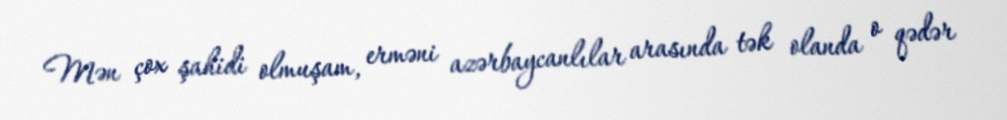
Mən çox şahidi olmuşam, erməni azərbaycanlılar arasında tək olanda o qədər